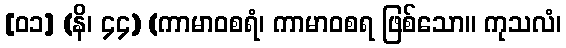
[၀၁] (နိ၊ ၄၄) (ကာမာဝစရံ၊ ကာမာဝစရ ဖြစ်သော။ ကုသလံ၊